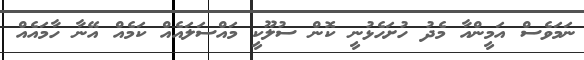
ނަމަވެސް އަމީންއާ މެދު ހުށަހެޅުނީ ކޮން ސުލޫކީ މައްސަލައެއް ކަމެއް އޭނާ ހާމައެއް